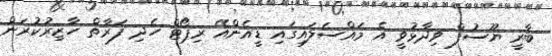
ބާރީ ޔޫސުފް ވިދާޅުވީ އެ މައްސަލައިގައި ޑީއެންއޭ ރިޕޯޓް ހެދި ފަރާތް ހާޒިރުކުރަން